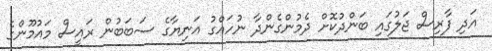
އަދި ފާރިސް ޖަލުގައި ބަންދުކޮށް ދެމުންގެންދާ ނުހައްގު އަނިޔާގެ ސަބަބުން ރައީސް މައުމޫންގެ